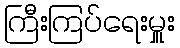
ကြီးကြပ်ရေးမှူး